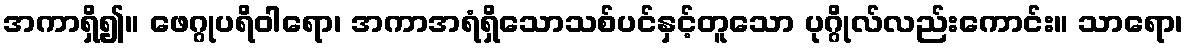
အကာရှိ၍။ ဖေဂ္ဂုပရိဝါရော၊ အကာအရံရှိသောသစ်ပင်နှင့်တူသော ပုဂ္ဂိုလ်လည်းကောင်း။ သာရော၊